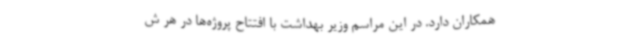
همکاران دارد. در این مراسم وزیر بهداشت با افتتاح پروژه‌ها در هر ش